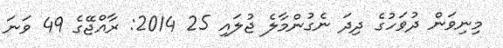
މިނިވަން ދުވަހުގެ ދިދަ ނެގުންމާލެ ޖުލައި 25 2014: ރާއްޖޭގެ 49 ވަނަ